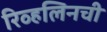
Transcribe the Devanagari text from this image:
रिव्हलिनची